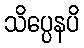
သိပ္ပေနပိ